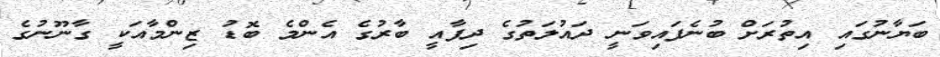
ބަޔާނުގައި އިތުރަށް ބުނެފައިވަނީ ދައުލަތުގެ ދިފާއީ ބާރުގެ އެންމެ ބޮޑު ޒިންމާއަކީ ގާނޫނުގެ